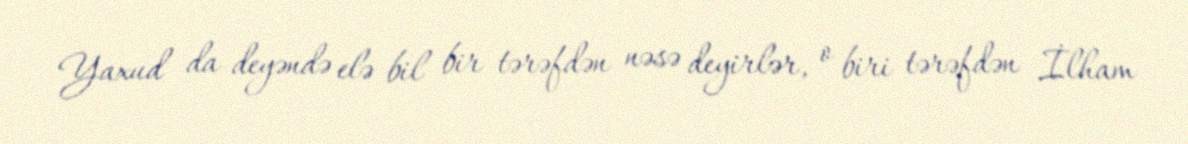
Yaxud da deyəndə elə bil bir tərəfdən nəsə deyirlər, o biri tərəfdən İlham